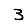
Digit: 3